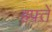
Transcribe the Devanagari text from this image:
हफ्तें